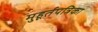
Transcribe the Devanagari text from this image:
मुहूर्तपत्रिका